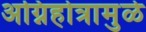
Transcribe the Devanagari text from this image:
अग्निहोत्रामुळे